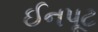
ઈનપૂટ